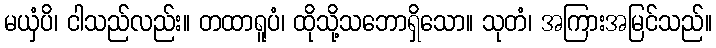
မယှံပိ၊ ငါသည်လည်း။ တထာရူပံ၊ ထိုသို့သဘောရှိသော။ သုတံ၊ အကြားအမြင်သည်။